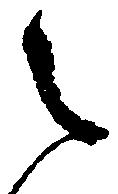
之